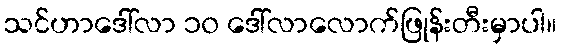
သင်ဟာဒေါ်လာ ၁၀ ဒေါ်လာလောက်ဖြုန်းတီးမှာပါ။